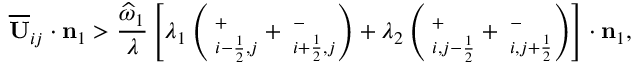
\overline { { \mathbf { U } } } _ { i j } \cdot \mathbf { n } _ { 1 } > \frac { \widehat { \omega } _ { 1 } } { \lambda } \left[ \lambda _ { 1 } \left( { \bf \Pi } _ { i - \frac { 1 } { 2 } , j } ^ { + } + { \bf \Pi } _ { i + \frac { 1 } { 2 } , j } ^ { - } \right) + \lambda _ { 2 } \left( { \bf \Pi } _ { i , j - \frac { 1 } { 2 } } ^ { + } + { \bf \Pi } _ { i , j + \frac { 1 } { 2 } } ^ { - } \right) \right] \cdot \mathbf { n } _ { 1 } ,